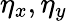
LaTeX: \eta_{x},\eta_{y}